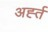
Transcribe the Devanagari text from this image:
अर्ह्त